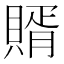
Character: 𧶳